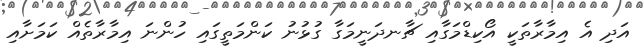
އަދި އެ އިމާރާތަކީ އޯކިޑްމަގާއި ޗާނދަނީމަގާ ގުޅުނު ކަންމަތީގައި ހުންނަ އިމާރާތެއް ކަމަށާއި